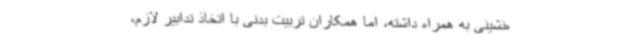
ه‌نشینی به همراه داشته، اما همکاران تربیت بدنی با اتخاذ تدابیر لازم،